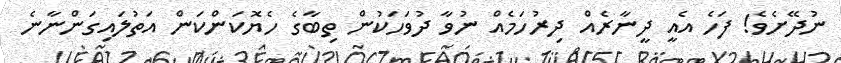
ނުދޭށެވެ! ފަހެ އެއީ ދީނާރެއް ދިރުހަމެއް ނުވާ ދުވަހަކުން ތިބާގެ ހެޔޮކަންކަން އަތުލައިގަންނާނެ